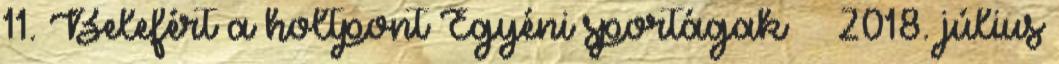
11. Belefért a holtpont Egyéni sportágak 2018. július